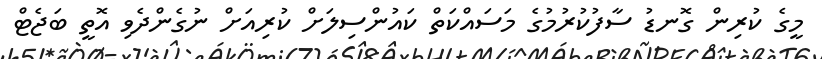
މީގެ ކުރިން ގޮނޑު ސާފުކުރުމުގެ މަސައްކަތް ކައުންސިލަށް ކުރިއަށް ނުގެންދެވި އޮތީ ބަޖެޓް